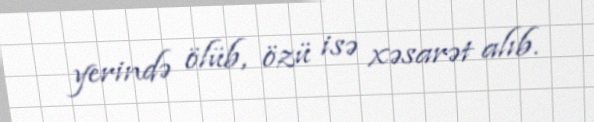
yerində ölüb, özü isə xəsarət alıb.